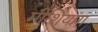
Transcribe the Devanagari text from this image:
मीशियांग